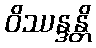
ဝိဿန္ဒန္တိ